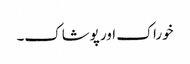
خوراک اور پوشاک۔